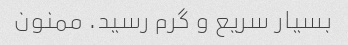
بسیار سریع و گرم رسید. ممنون